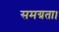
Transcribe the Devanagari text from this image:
समग्रता।